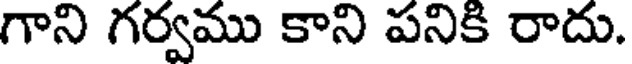
గాని గర్వము కాని పనికి రాదు.